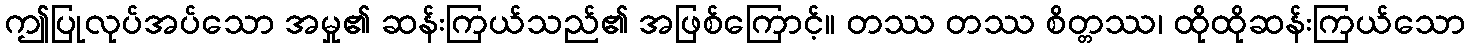
ဤပြုလုပ်အပ်သော အမှု၏ ဆန်းကြယ်သည်၏ အဖြစ်ကြောင့်။ တဿ တဿ စိတ္တဿ၊ ထိုထိုဆန်းကြယ်သော